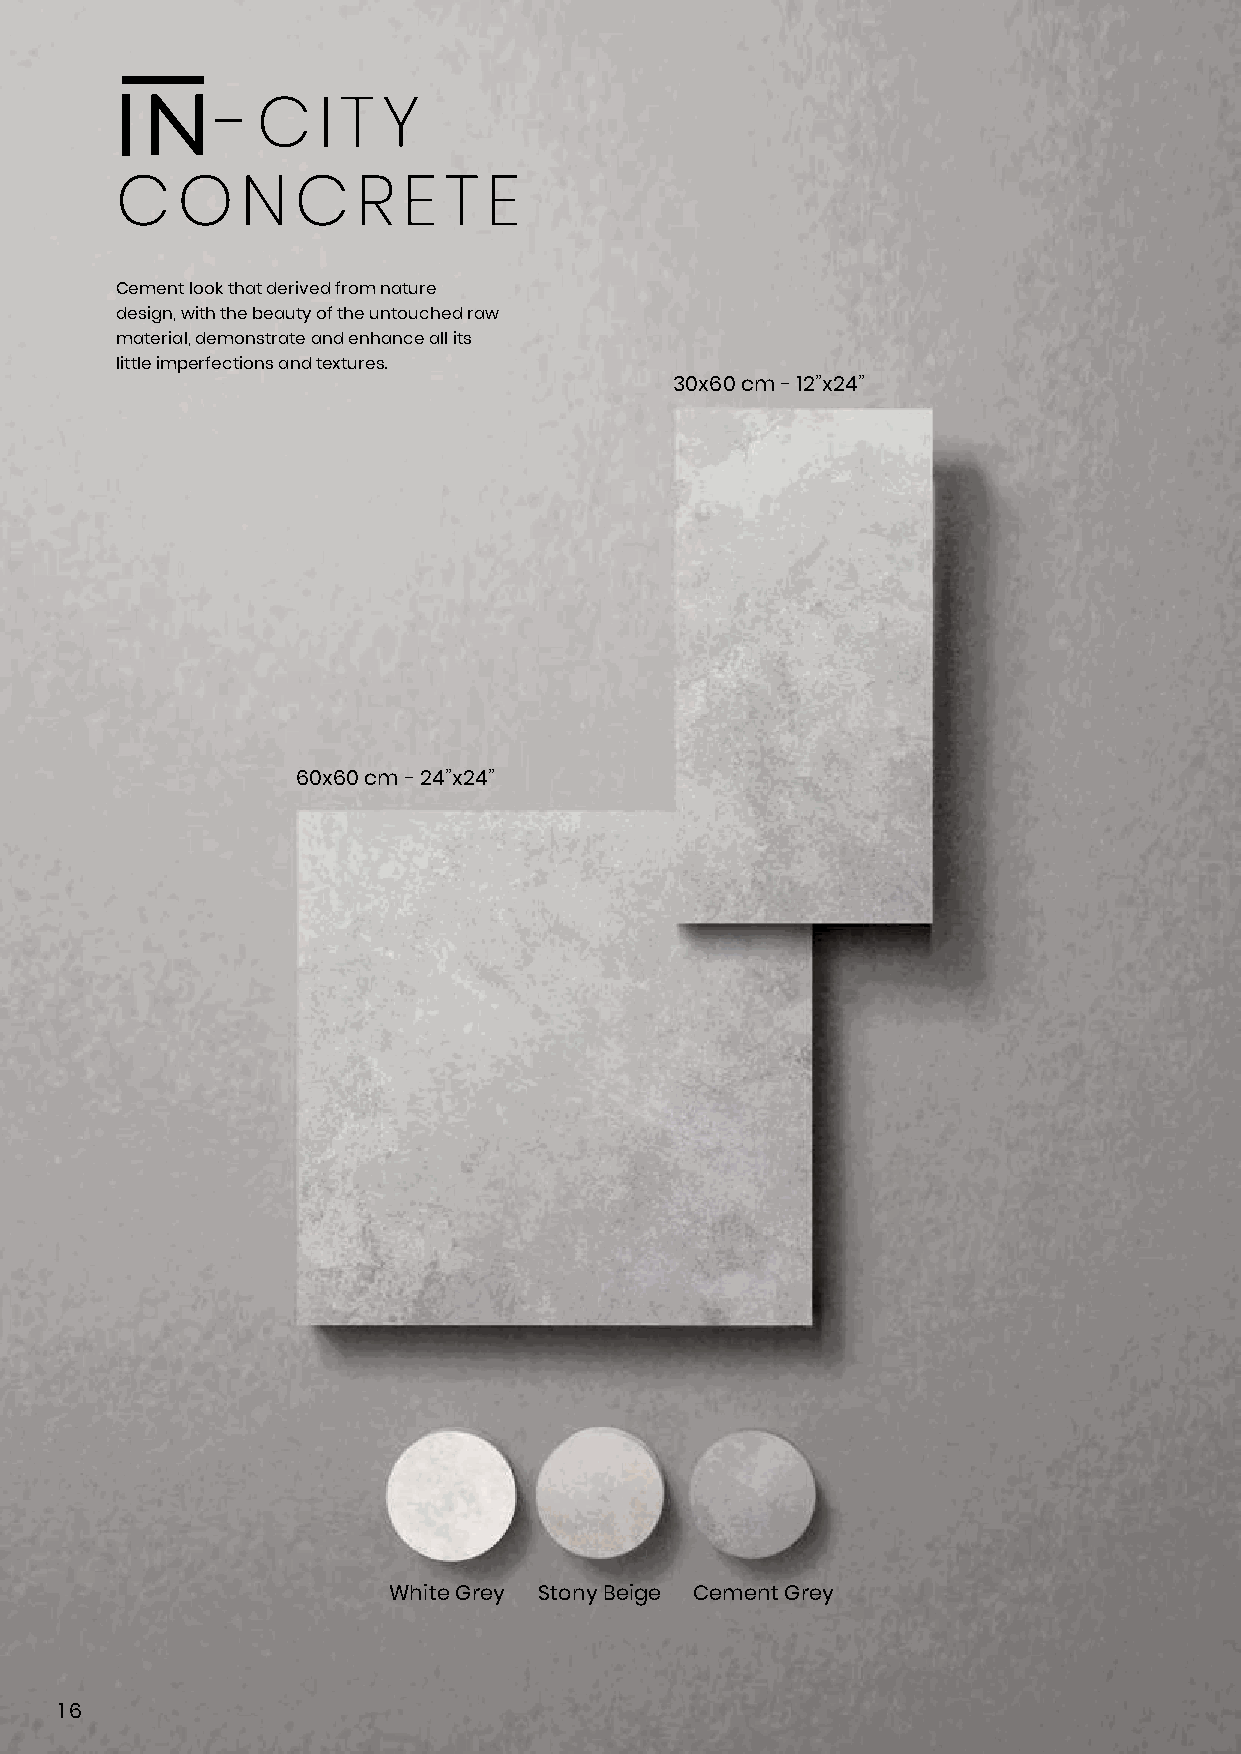
-  C   I T Y
 C   O   N   C   R  E T  E
 Cement look that derived from nature
 design, with the beauty of the untouched raw
 material, demonstrate and enhance all its
 little imperfections and textures.
 30x60 cm - 12”x24”
 60x60 cm - 24”x24”
 White Grey Stony Beige Cement Grey
 16